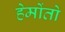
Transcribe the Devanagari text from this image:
हेमोंतो